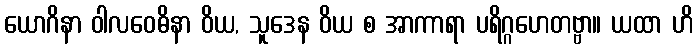
ယောဂိနာ ဝါလဝေဓိနာ ဝိယ, သူဒေန ဝိယ စ အာကာရာ ပရိဂ္ဂဟေတဗ္ဗာ။ ယထာ ဟိ